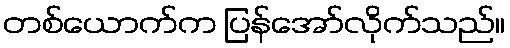
တစ်ယောက်က ပြန်အော်လိုက်သည်။